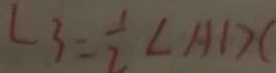
\angle 3 = \frac { 1 } { 2 } \angle A D C